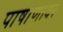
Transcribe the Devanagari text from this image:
पाषाणावर